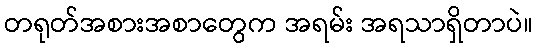
တရုတ်အစားအစာတွေက အရမ်း အရသာရှိတာပဲ။